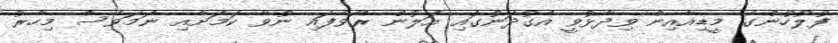
ފުލުހުންގެ މީޑިއާއިން ވިދާޅުވީ އެގުދަނުގައި އަލުން ރޯވެފައި ނުވާ ކަމަށާއި ނަމަވެސް މިހާރު